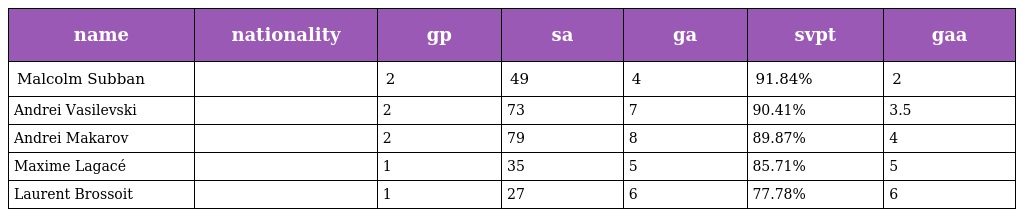
| name | nationality | gp | sa | ga | svpt | gaa |
 | --- | --- | --- | --- | --- | --- | --- |
 | Malcolm Subban |  | 2 | 49 | 4 | 91.84% | 2 |
 | Andrei Vasilevski |  | 2 | 73 | 7 | 90.41% | 3.5 |
 | Andrei Makarov |  | 2 | 79 | 8 | 89.87% | 4 |
 | Maxime Lagacé |  | 1 | 35 | 5 | 85.71% | 5 |
 | Laurent Brossoit |  | 1 | 27 | 6 | 77.78% | 6 |